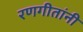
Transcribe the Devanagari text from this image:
रणगीतांनी